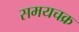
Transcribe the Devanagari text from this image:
समयचक्र